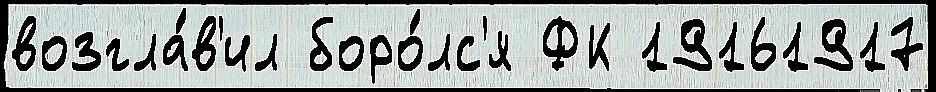
возгла́в'ил боро́лс'я ФК 19161917